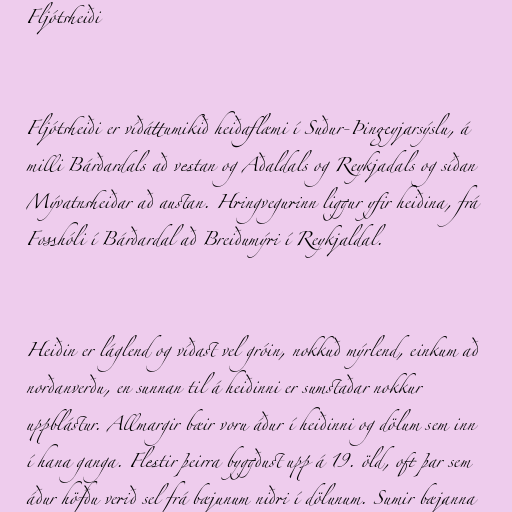
Fljótsheiði

Fljótsheiði er víðáttumikið heiðaflæmi í Suður-Þingeyjarsýslu, á
milli Bárðardals að vestan og Aðaldals og Reykjadals og síðan
Mývatnsheiðar að austan. Hringvegurinn liggur yfir heiðina, frá
Fosshóli í Bárðardal að Breiðumýri í Reykjaldal.

Heiðin er láglend og víðast vel gróin, nokkuð mýrlend, einkum að
norðanverðu, en sunnan til á heiðinni er sumstaðar nokkur
uppblástur. Allmargir bæir voru áður í heiðinni og dölum sem inn
í hana ganga. Flestir þeirra byggðust upp á 19. öld, oft þar sem
áður höfðu verið sel frá bæjunum niðri í dölunum. Sumir bæjanna